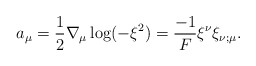
\begin{align*}a_\mu=\frac{1}{2}\nabla_\mu \log (-\xi^2)=\frac{-1}{F}\xi^\nu \xi_{\nu;\mu}.\end{align*}